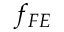
f _ { F E }